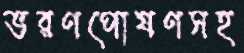
ভরণপোষণসহ